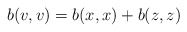
\begin{align*} b(v,v) = b(x,x) + b(z,z)\end{align*}